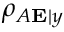
\rho _ { A \mathbf { E } | y }